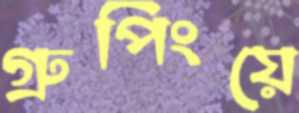
গ্রুপিংয়ে